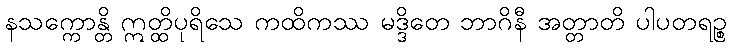
နသက္ကောန္တိ ဣတ္ထိပုရိသေ ကထိကဿ မဒ္ဒိတေ ဘာဂိနီ အတ္တာတိ ပါပတရဉ္စ